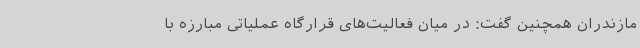
مازندران همچنین گفت: در میان فعالیت‌های قرارگاه عملیاتی مبارزه با